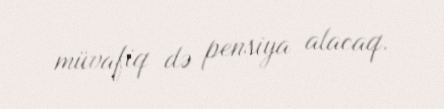
müvafiq də pensiya alacaq.